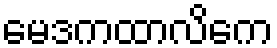
မေဒကထာလိကေ